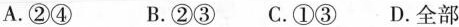
A.②④ B.②③C.①③ D.全部